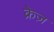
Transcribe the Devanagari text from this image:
क्रेज़